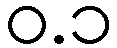
ဝ.၁